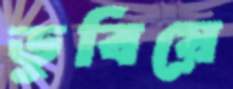
ডুবিয়ে